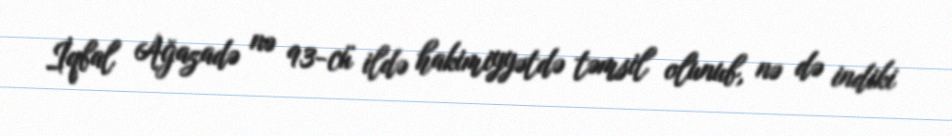
İqbal Ağazadə nə 93-cü ildə hakimiyyətdə təmsil olunub, nə də indiki